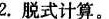
2.脱式计算。